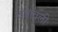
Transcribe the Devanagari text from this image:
वंशवली